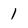
Character: 1